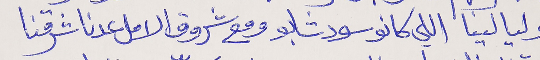
وليالينا اللي كانو سود شابو ومع شروق الامل عدنا شرقنا